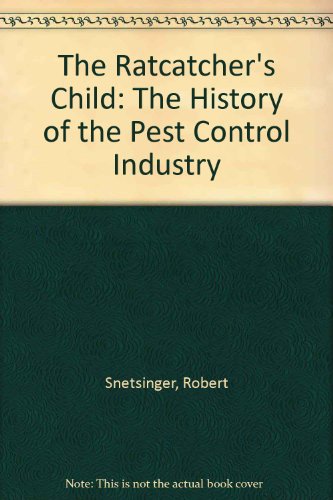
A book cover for The Ratcatcher's Child: The History of the Pest Control Industry; Robert Snetsinger; Crafts, Hobbies & Home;